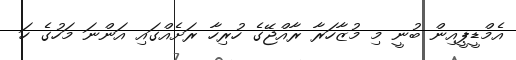
އެމްޑީޕީއިން ބުނީ މި މުޒާހަރާ ރާއްޖޭގެ ހުރިހާ ރަށެއްގައި އަންނަ މަހުގެ ހަ